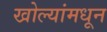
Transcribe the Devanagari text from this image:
खोल्यांमधून